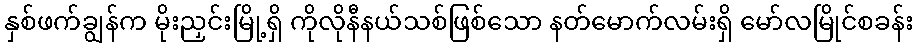
နှစ်ဖက်ချွန်က မိုးညှင်းမြို့ရှိ ကိုလိုနီနယ်သစ်ဖြစ်သော နတ်မောက်လမ်းရှိ မော်လမြိုင်စခန်း